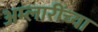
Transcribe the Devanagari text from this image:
अम्लारींच्या